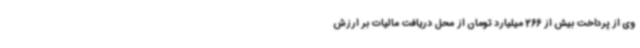
وی از پرداخت بیش از 266 میلیارد تومان از محل دریافت مالیات بر ارزش